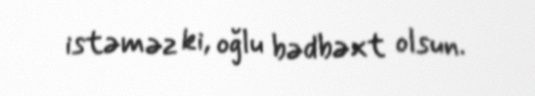
istəməz ki, oğlu bədbəxt olsun.